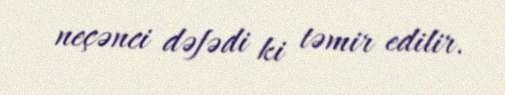
neçənci dəfədi ki təmir edilir.